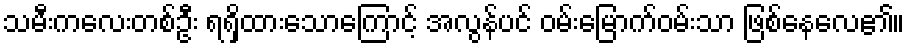
သမီးကလေးတစ်ဦး ရရှိထားသောကြောင့် အလွန်ပင် ဝမ်းမြောက်ဝမ်းသာ ဖြစ်နေလေ၏။